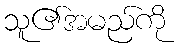
သူ၏အမည်ကို